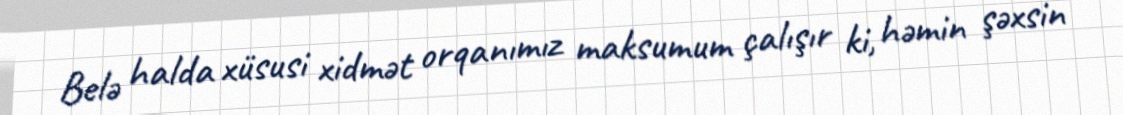
Belə halda xüsusi xidmət orqanımız maksumum çalışır ki, həmin şəxsin